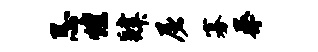
忌煌肄屠寡拳